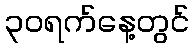
၃၀ရက်နေ့တွင်